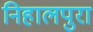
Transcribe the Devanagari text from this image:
निहालपुरा